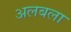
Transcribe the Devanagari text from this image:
अलबला